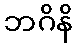
ဘဂိနိ